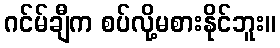
ဂင်မ်ချီက စပ်လို့မစားနိုင်ဘူး။